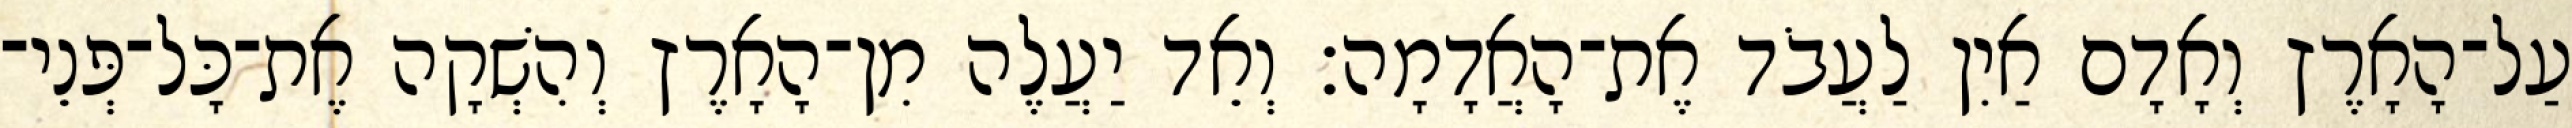
עַל־הָאָרֶץ וְאָדָם אַיִן לַעֲבֹד אֶת־הָאֲדָמָה׃ וְאֵד יַעֲלֶה מִן־הָאָרֶץ וְהִשְׁקָה אֶת־כָּל־פְּנֵי־